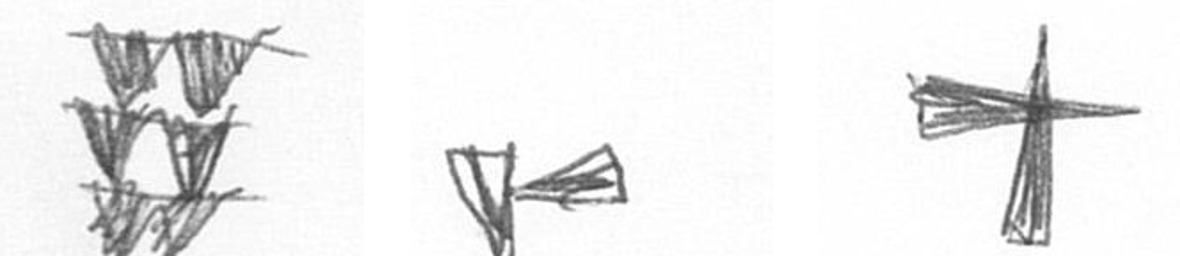
Y F G